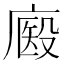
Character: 𢊘